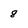
Character: 8